Indian journal of veterinary science and animal husbandry - Volume 14,
Year: 1944
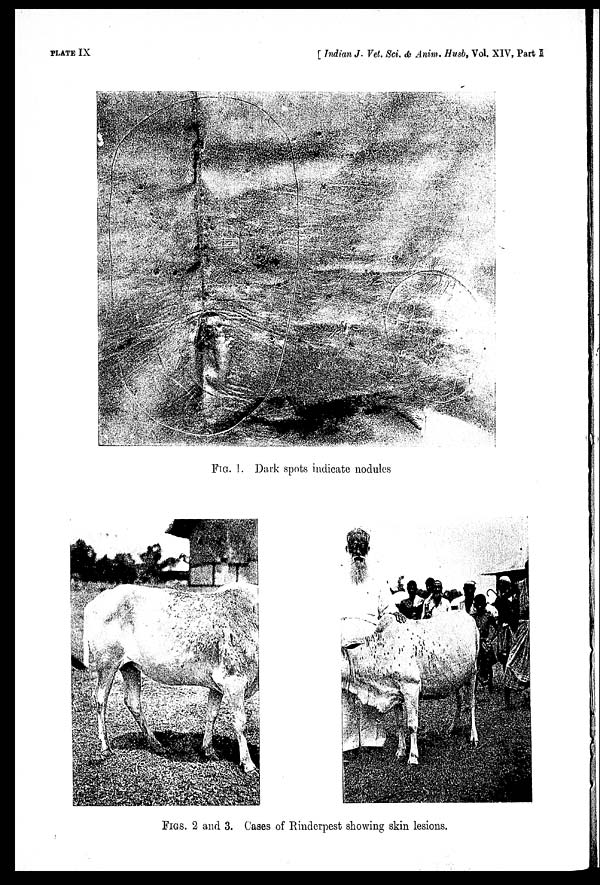
PLATE IX
[Indian
J.
Vet.
Sci.
&
Anim.
Husb,
Vol.
XIV,
Part I
FIG. 1. Dark spots indicate nodules
FIGS. 2 and 3. Cases of Rinderpest showing skin lesions.